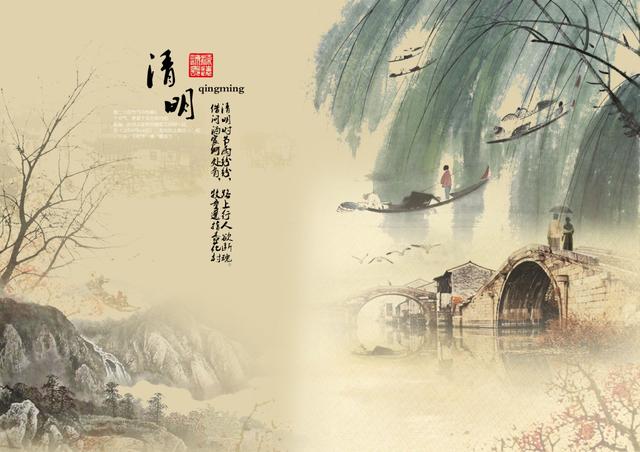
今日清明节，园林胜事偏。